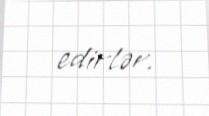
edirlər.